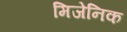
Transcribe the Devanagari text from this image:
मिजेनिक